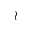
\wr